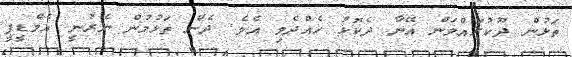
ތަޅުން ދޫކުރައްވަން އޭނާ ދެކޮޅު ހެއްދެވި އެވެ. ދެން ތަޅުމުން ނެރުނީ އެމްޑީޕީ